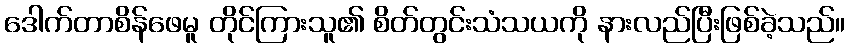
ဒေါက်တာစိန်ဖေမူ တိုင်ကြားသူ၏ စိတ်တွင်းသံသယကို နားလည်ပြီးဖြစ်ခဲ့သည်။